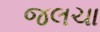
જલચા